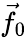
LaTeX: {\vec{f}}_{0}